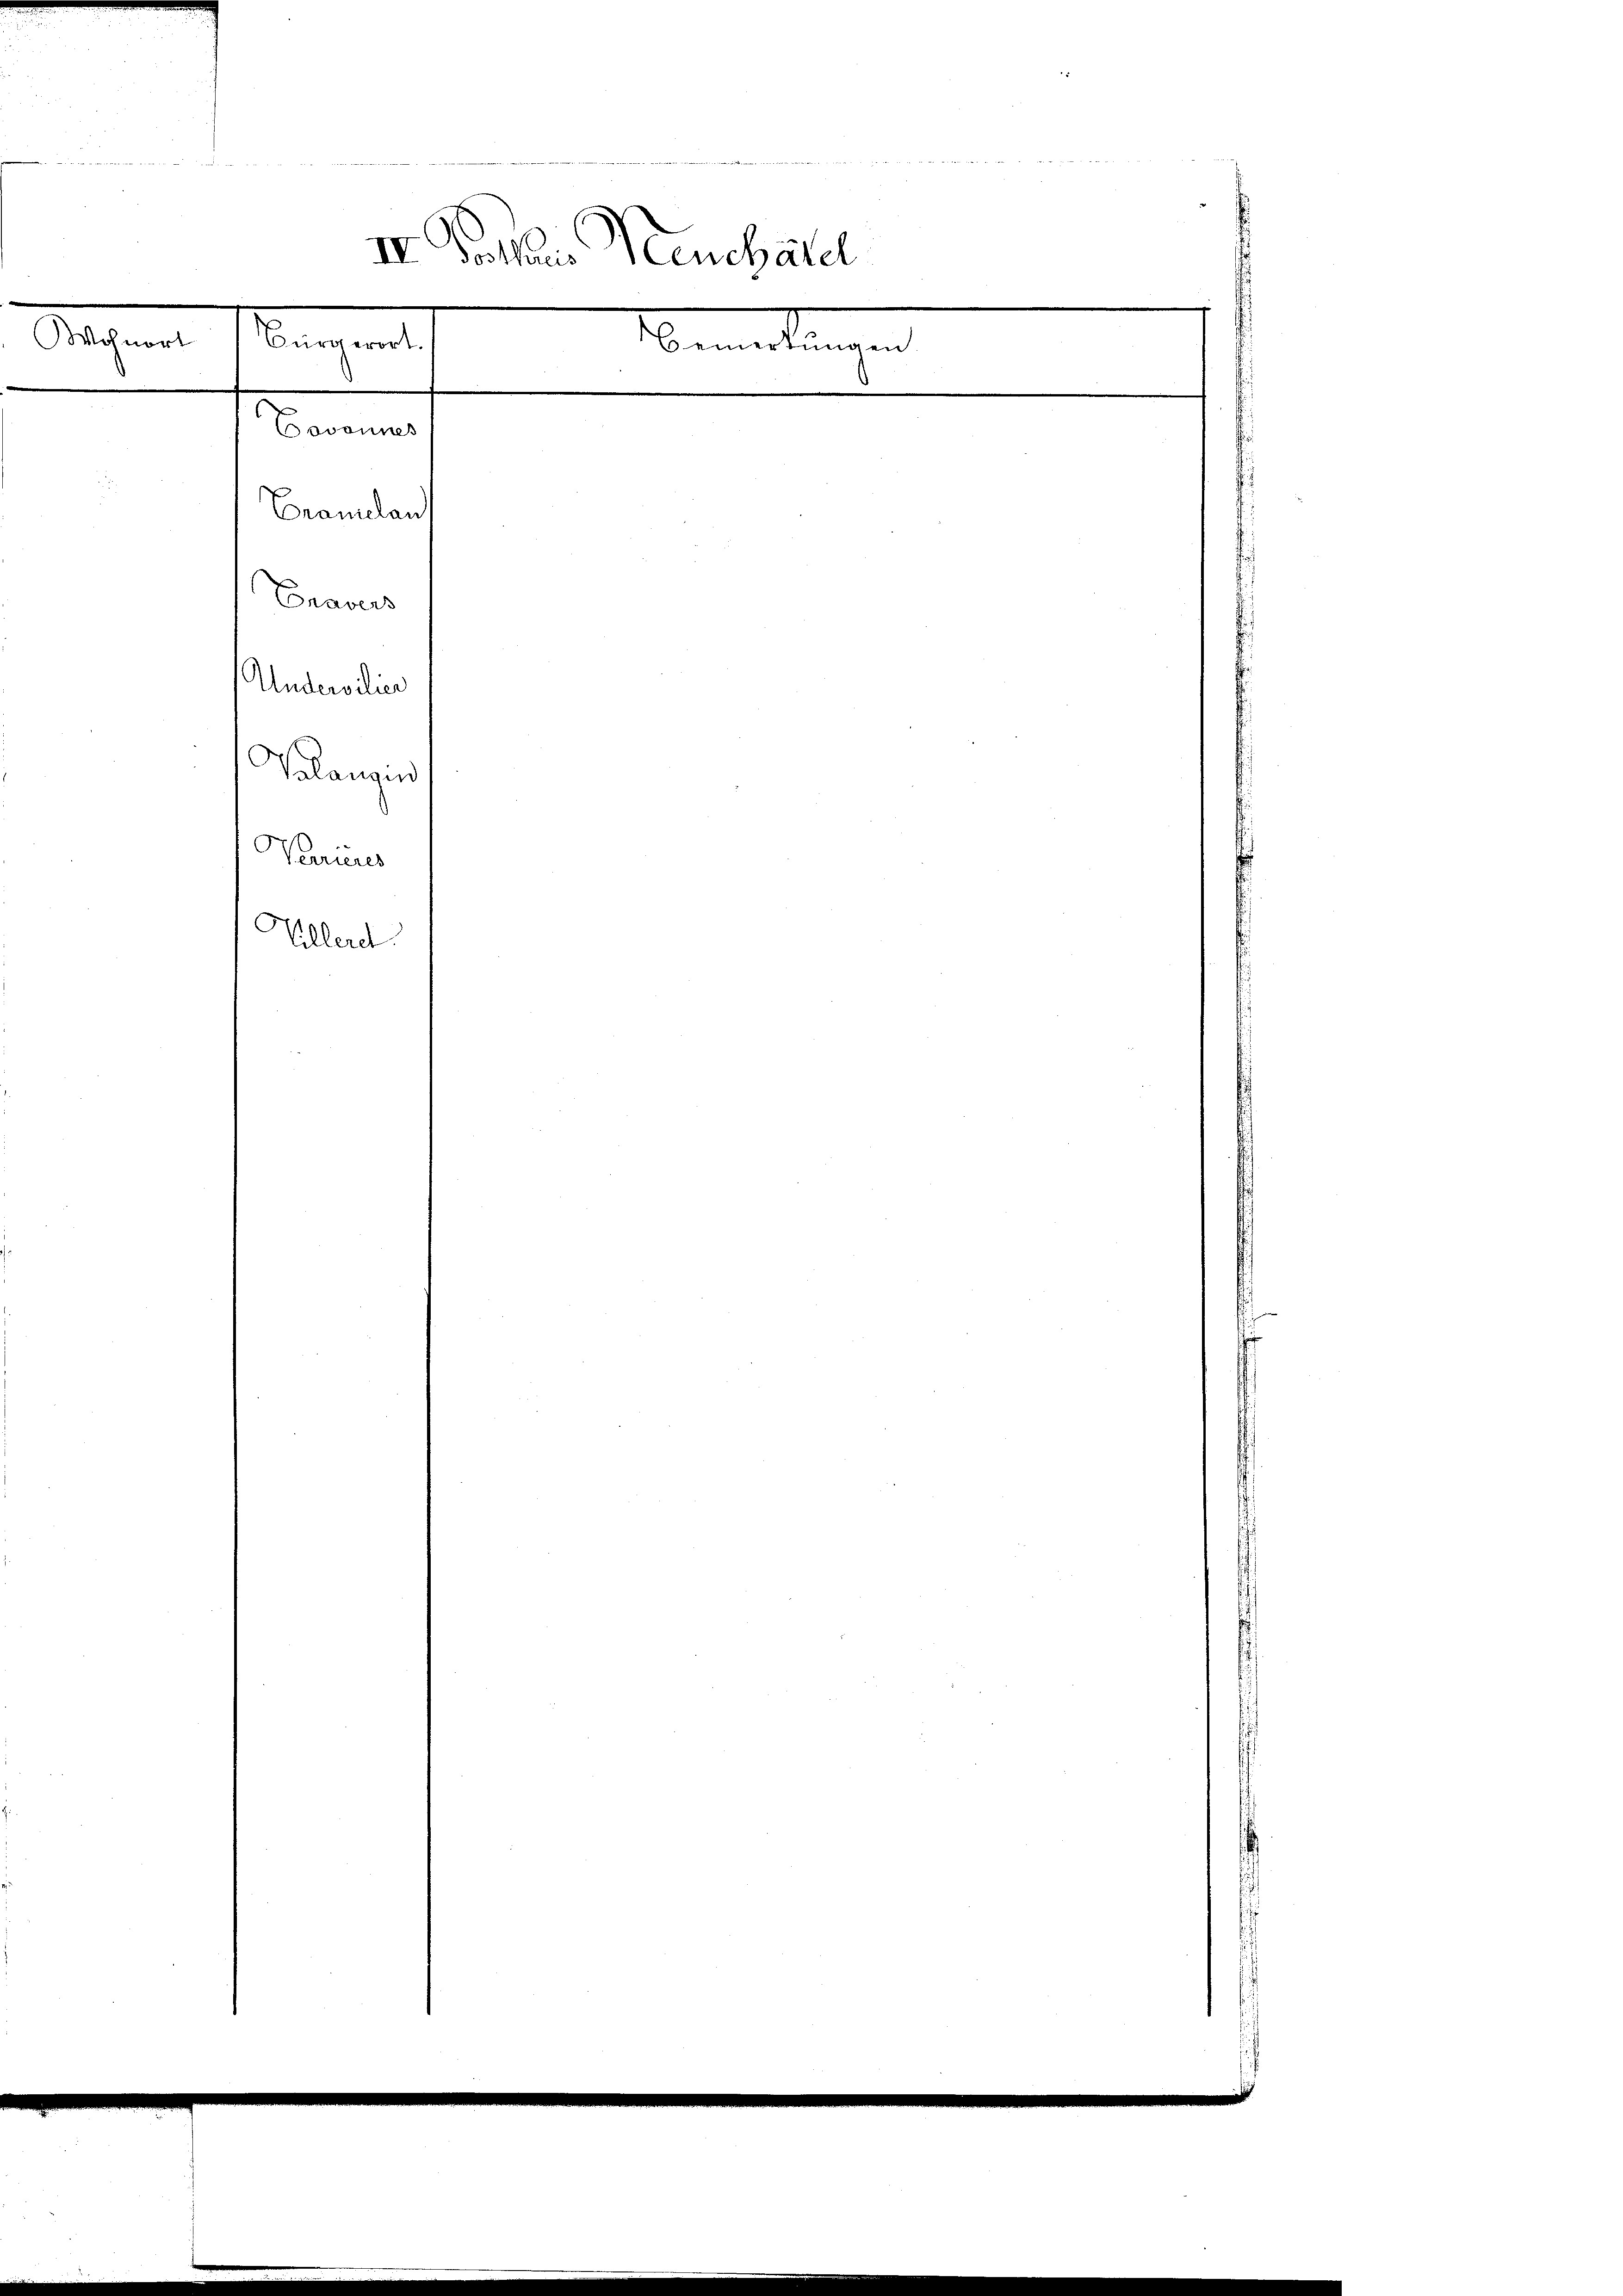
t doch
IV. Sehnen Menchall
Wohnort
Bürgerort.
Bemerkungen
Bavannes

Cramelan
Enavers

Audnodien
Valangen
Warrieres
Villerd